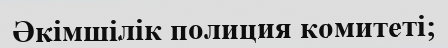
Әкімшілік полиция комитеті;